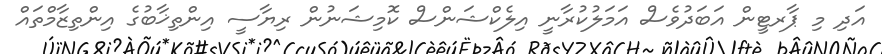
އަދި މި ޕާރޓީން އަބަދުވެސް އަމަލުކުރާނީ އިލެކްޝަންސް ކޮމިޝަނުން ރިޔާސީ އިންތިޚާބުގެ އިންތިޒާމްތައް